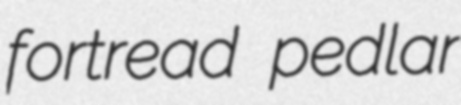
fortread pedlar